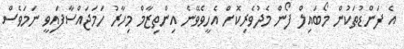
އެ ފަންޑުތަކުން މޯބައިލް ފޯން މެދުވެރިކޮށް އެހީވެވޭނެ އިންތިޒާމް މިހާރު ހަމަޖައްސާފައިވީ ނަމަވެސް